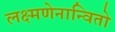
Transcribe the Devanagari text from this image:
लक्ष्मणेनान्वितो